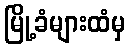
မြို့ခံများထံမှ